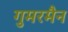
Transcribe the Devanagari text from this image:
गुमरमैन